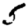
Digit: 5